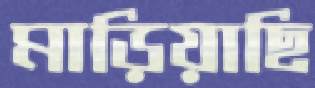
মাড়িয়াছি